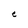
Character: e